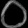
Digit: ၀